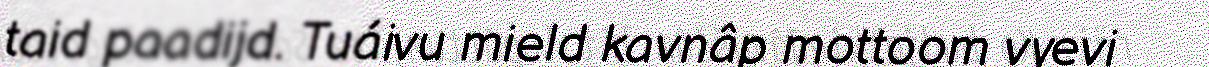
taid paadijd. Tuáivu mield kavnâp mottoom vyevi